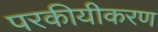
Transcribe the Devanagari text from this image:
परकीयीकरण